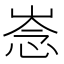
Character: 𢚏